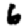
Digit: 6